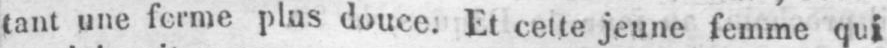
tant une forme plus douce. Et cette jeune femme qui